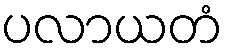
ပလာယတံ